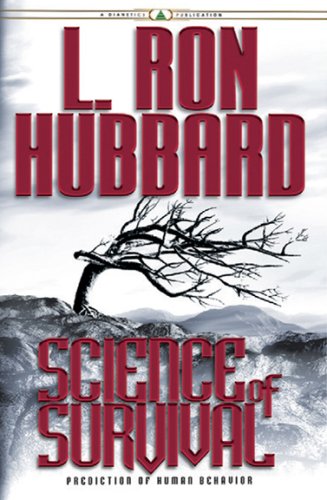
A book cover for Science of Survival: Prediction of Human Behavior; L. Ron Hubbard; Religion & Spirituality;